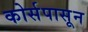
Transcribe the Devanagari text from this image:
कोर्सपासून